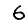
Digit: 6